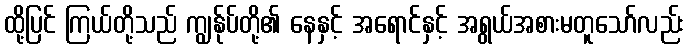
ထို့ပြင် ကြယ်တို့သည် ကျွန်ုပ်တို့၏ နေနှင့် အရောင်နှင့် အရွယ်အစားမတူသော်လည်း